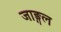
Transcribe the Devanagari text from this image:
जाङ्गल